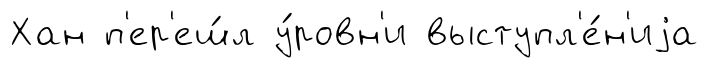
Хан п'ер'еш́л у́ровн'и выступл'е́н'иjа